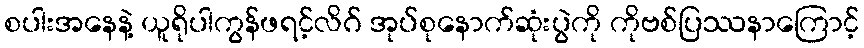
စပါးအနေနဲ့ ယူရိုပါကွန်ဖရင့်လိဂ် အုပ်စုနောက်ဆုံးပွဲကို ကိုဗစ်ပြဿနာကြောင့်